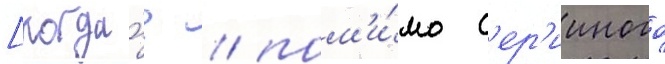
[когда́? / пом'и́мо с'ер'ииного